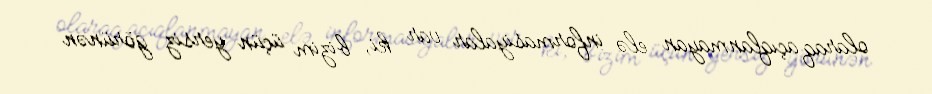
olaraq açıqlanmayan elə informasiyalar var ki, bizim üçün yersiz görünən